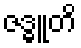
ဇဒ္ဓူတိ